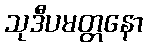
သုဒီပမတ္တနော